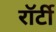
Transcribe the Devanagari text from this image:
रॉर्टी